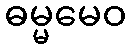
ဓမ္မမေဝ